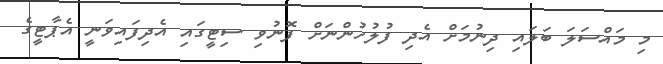
މި މައްސަލަ ބަލައި ދިނުމަށް އެދި ފުލުހުންނަށް ފޮނުވި ސިޓީގައި އެދިފައިވަނީ އެޕާޓީގެ